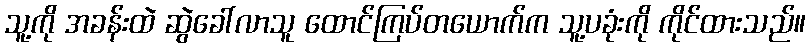
သူ့ကို အခန်းထဲ ဆွဲခေါ်လာသူ ထောင်ကြပ်တယောက်က သူ့ပခုံးကို ကိုင်ထားသည်။